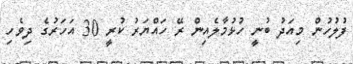
ފުލުހުން މިއަދު ބުނީ ހުޅުމާލެއިން ރޭ ހައްޔަރު ކުރީ 30 އަހަރުގެ ދިވެހި